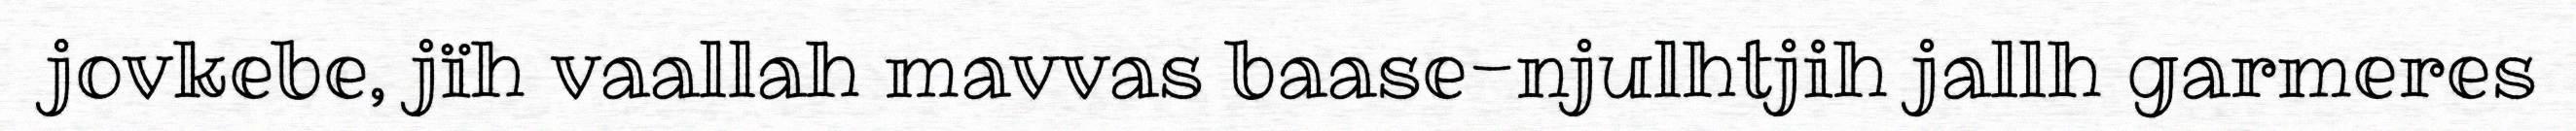
jovkebe, jïh vaallah mavvas baase-njulhtjih jallh garmeres